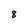
Character: 8